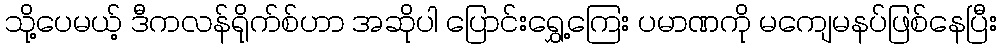
သို့ပေမယ့် ဒီကလန်ရိုက်စ်ဟာ အဆိုပါ ပြောင်းရွှေ့ကြေး ပမာဏကို မကျေမနပ်ဖြစ်နေပြီး